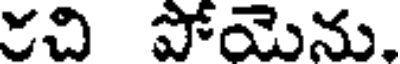
రచి పోయెను.